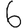
Digit: 6